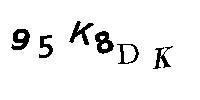
95K8DK